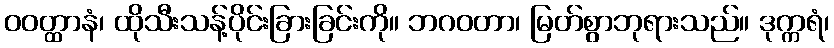
ဝဝတ္ထာနံ၊ ထိုသီးသန့်ပိုင်းခြားခြင်းကို။ ဘဂဝတာ၊ မြတ်စွာဘုရားသည်။ ဒုက္ကရံ၊